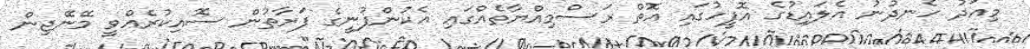
މިއަދު ހެނދުނު އެލަައިޑުގެ އޮފީހުގައި އޮތް ރަސްމިއްޔާތެއްގައި އެކުންފުނީގެ ފަރާތުން ސޮއިކުރެއްވީ މޭނޭޖިން